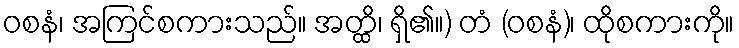
ဝစနံ၊ အကြင်စကားသည်။ အတ္ထိ၊ ရှိ၏။) တံ (ဝစနံ)၊ ထိုစကားကို။